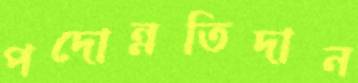
পদোন্নতিদান